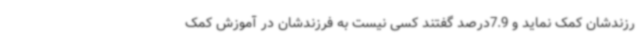
رزندشان کمک نماید و 7.9درصد گفتند کسی نیست به فرزندشان در آموزش کمک